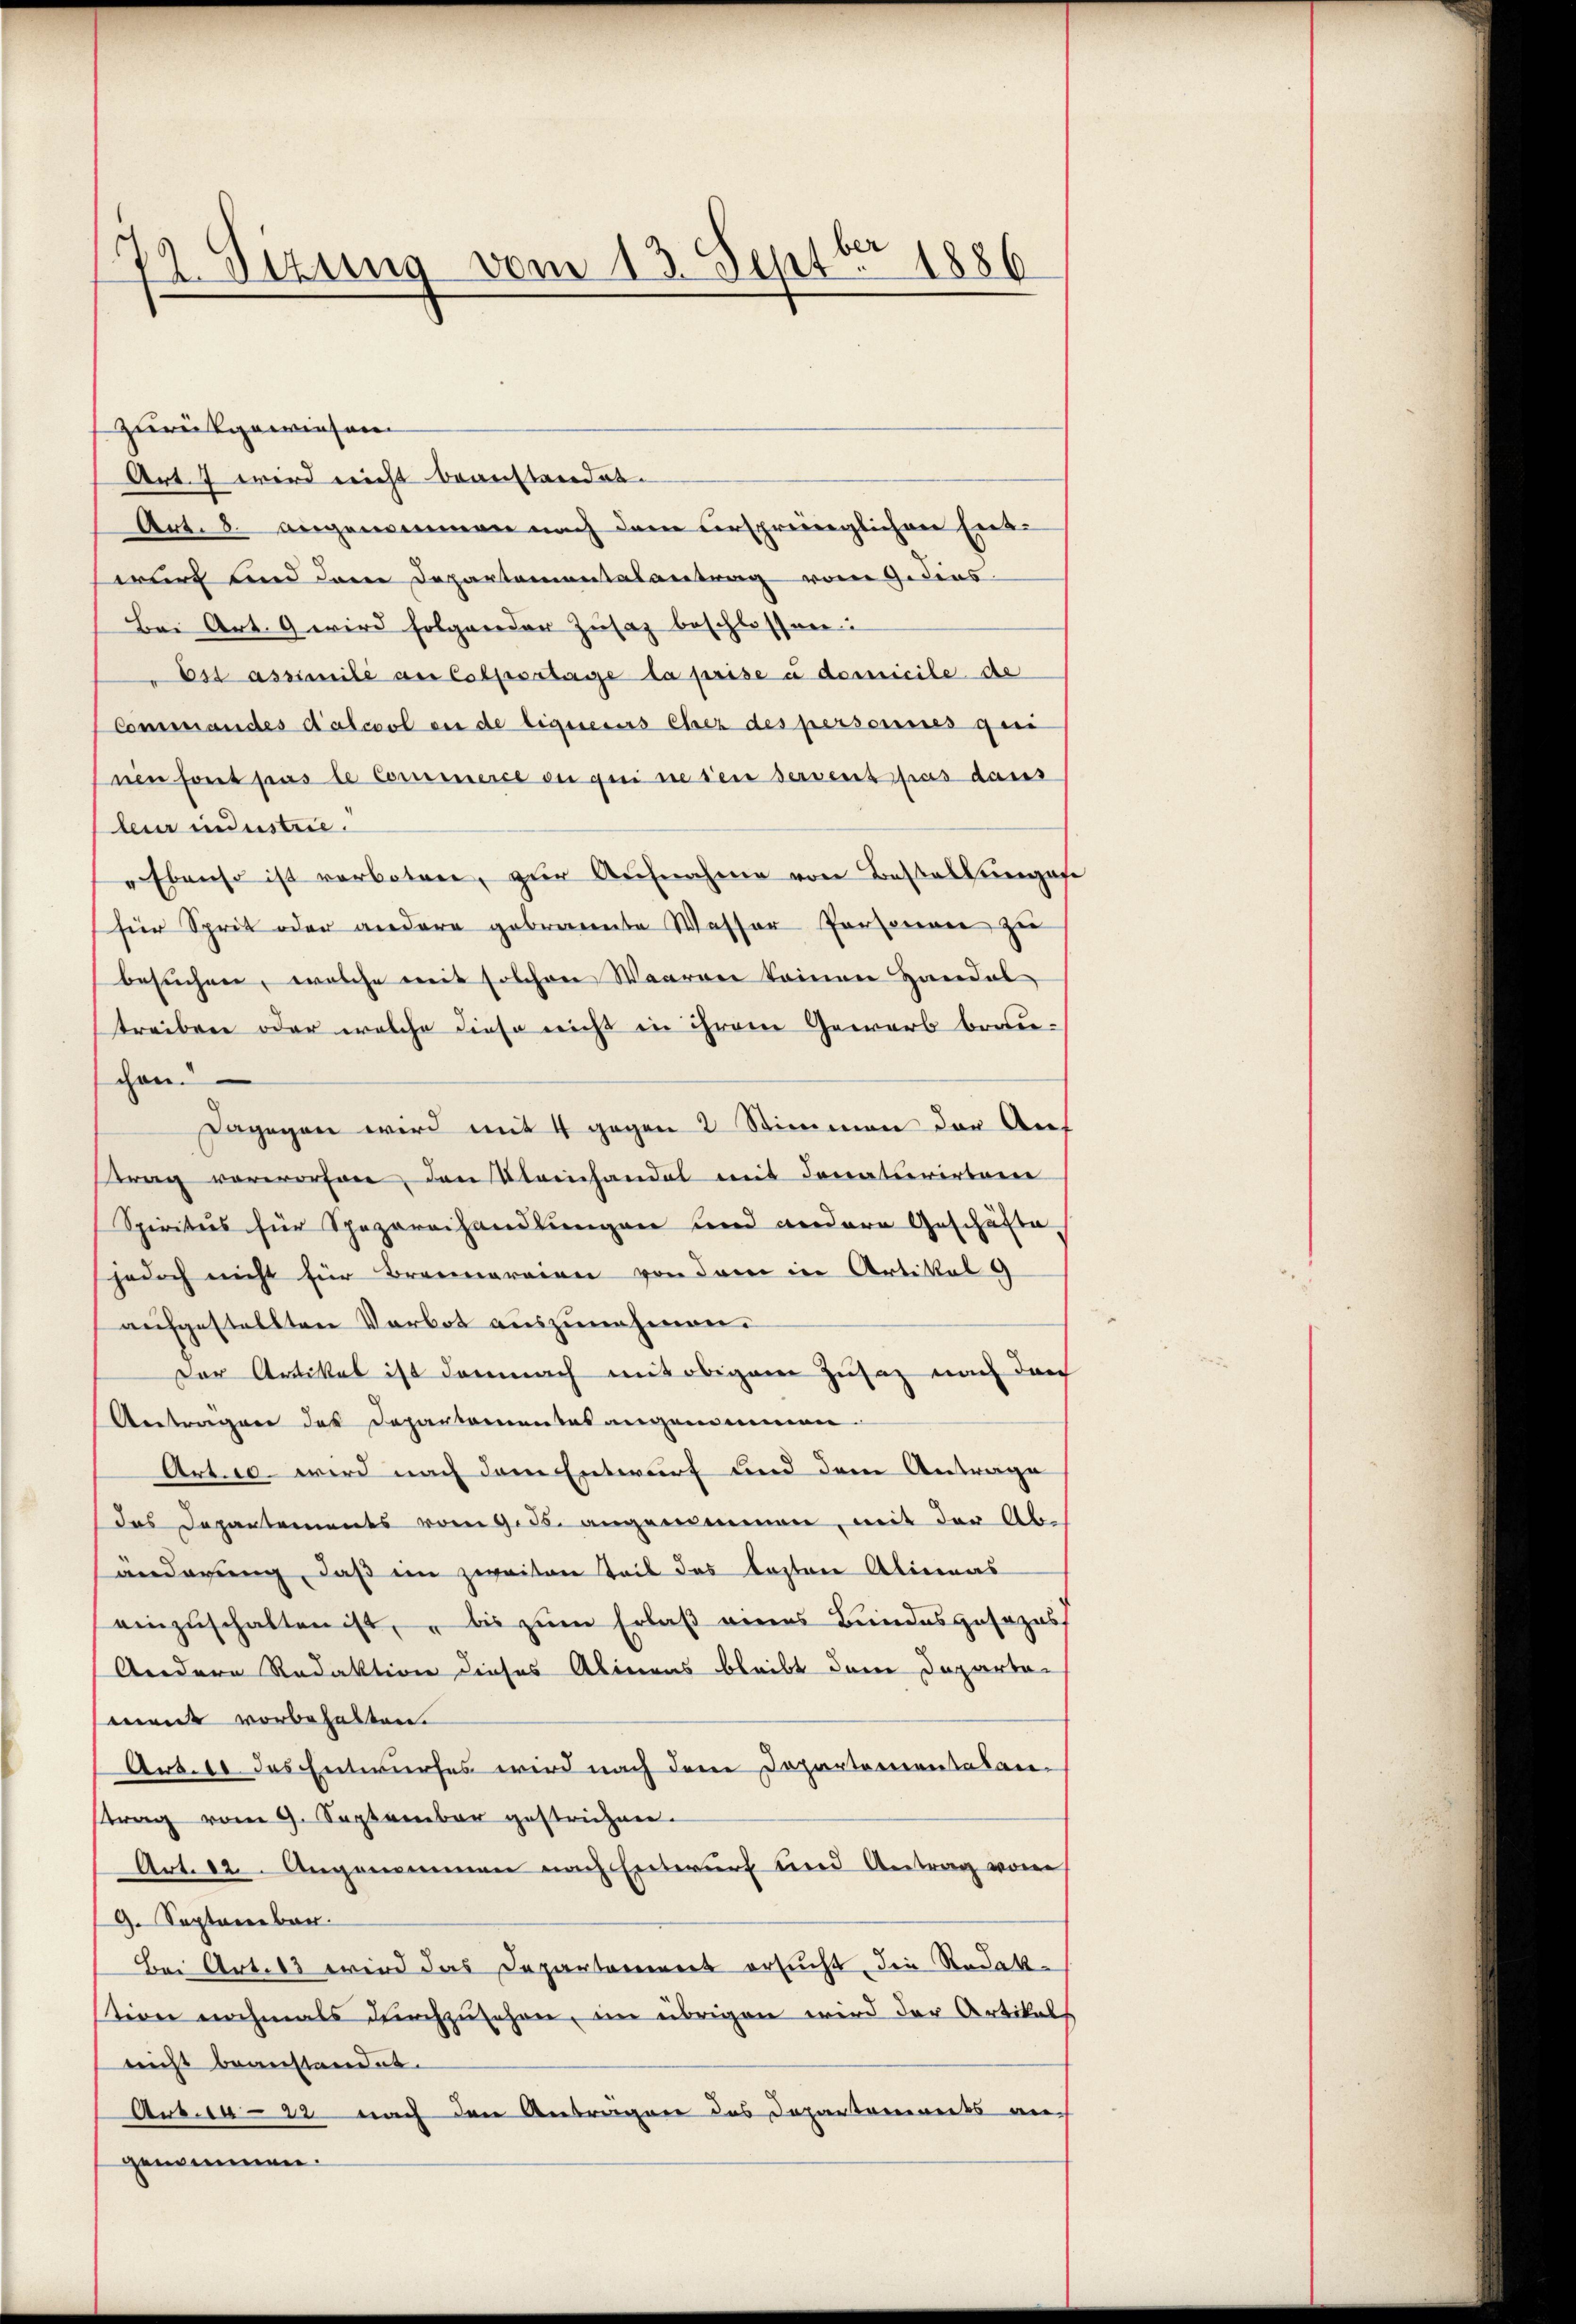
e
s
72. Setzung vom 13. Sept. 1886
e

zurückgewiesen
Art. 7 wird nicht beanstandet.
Art. 8. angenommen nach dem verspreceglichen Entwurf und dem Departementalantrag von Gedens
Bei Art. 9 wird folgender Zŭsaz beschlossen:
Est assimilé au Colportage la prise u demicile de
Commandes Kalcool an de ligneurs eher des personnes qui
nen font pas le Commerce ou qui ne sen servent pas dans
leur industrie.
" Ebenso ist verboten, zur Aufnahme von Bestaltungese
(für Sprit oder andere gebrannte Wasser Personnen zu
besuchen, welche mit solchen Waaren keinen Handel
treiben oder welche diese nicht in ihrem Gewerb bewiechen.
Dagegen wird mit 4 gegen 2 Stimmen der Auf
trag vorworfen, den Kleinhandel mit donaturirterre
Spiritus für Spazarethandlungen und andere Geschäfte
jedoch nicht für Brennereien von der in Artikal g
aufgestellten Verbot auszunehmen.
Der Artikel ist demnach mit obigem Zusatz nach durch
Aentragen des Departementes angenommen.
Art. 10. wird nach dem Entwurf und dem Antrage
das Departements vom 9. ds. angenommen, mit der Abänderung, daß im zweiten Teil das kosten Alineas
einzuschalten ist, – bis zum Erlaß eines Bundesgesezess
Andere Redaktion dieses Alineas bleibt dem Departa-
maidt vorbehalten.
Art. 11. das Entwurfes wird nach dem Departementatan-
strag vom 9. September gestrichen.
Art. 12. Angenommen nach Entwurf und Antrag von
9. September.
Bei Art. 13 wird das Departement ersucht die Redak-
stion nochmals durchzusehen, im übrigen wird der Artikels
reicht beanstandet.
Art. 1422 nach den Anträgen des Departements au
genommen.